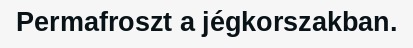
Permafroszt a jégkorszakban.